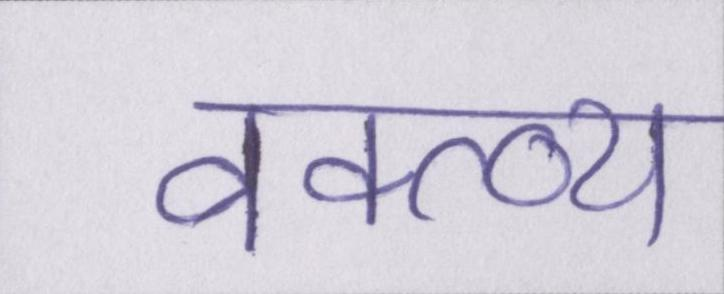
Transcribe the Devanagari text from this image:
वक्त्व्य